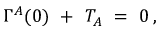
\Gamma ^ { A } ( 0 ) \ + \ T _ { A } \ = \ 0 \, ,